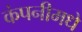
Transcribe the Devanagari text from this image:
कंपनीमधे